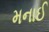
મનાઈ